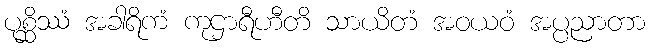
ပုစ္ဆိဿံ အခါရိကံ ကုဌာရီဟီတိ သာယိတံ အဝယဝံ အပ္ပညာတာ